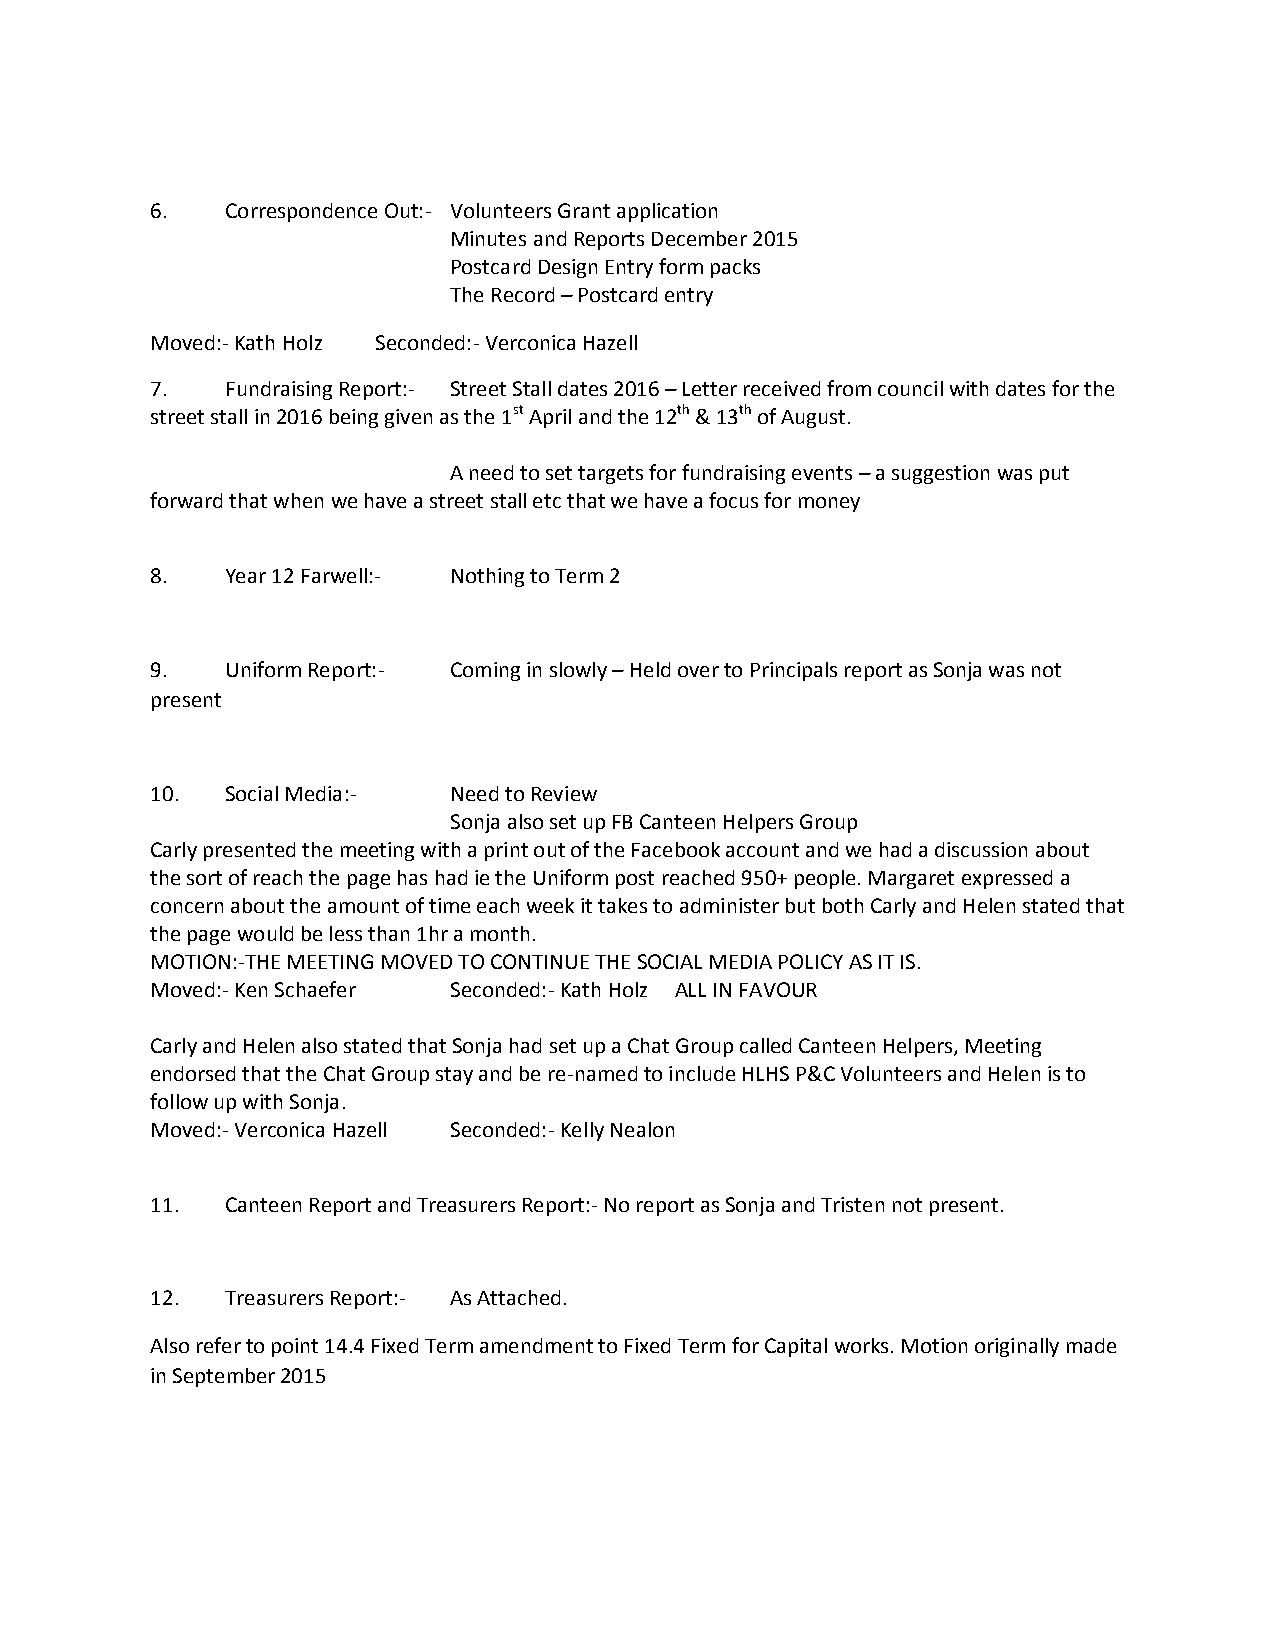
6.   Correspondence Out:- Volunteers Grant application
 Minutes and Reports December 2015
 Postcard Design Entry form packs
 The Record – Postcard entry
 Moved:- Kath Holz Seconded:- Verconica Hazell
 7.   Fundraising Report:- Street Stall dates 2016 – Letter received from council with dates for the
 street stall in 2016 being given as the 1st April and the 12th & 13th of August.
 A need to set targets for fundraising events – a suggestion was put
 forward that when we have a street stall etc that we have a focus for money
 8.   Year 12 Farwell:- Nothing to Term 2
 9.   Uniform Report:- Coming in slowly – Held over to Principals report as Sonja was not
 present
 10.  Social Media:- Need to Review
 Sonja also set up FB Canteen Helpers Group
 Carly presented the meeting with a print out of the Facebook account and we had a discussion about
 the sort of reach the page has had ie the Uniform post reached 950+ people. Margaret expressed a
 concern about the amount of time each week it takes to administer but both Carly and Helen stated that
 the page would be less than 1hr a month.
 MOTION:-THE MEETING MOVED TO CONTINUE THE SOCIAL MEDIA POLICY AS IT IS.
 Moved:- Ken Schaefer Seconded:- Kath Holz ALL IN FAVOUR
 Carly and Helen also stated that Sonja had set up a Chat Group called Canteen Helpers, Meeting
 endorsed that the Chat Group stay and be re-named to include HLHS P&C Volunteers and Helen is to
 follow up with Sonja.
 Moved:- Verconica Hazell Seconded:- Kelly Nealon
 11.  Canteen Report and Treasurers Report:- No report as Sonja and Tristen not present.
 12.  Treasurers Report:- As Attached.
 Also refer to point 14.4 Fixed Term amendment to Fixed Term for Capital works. Motion originally made
 in September 2015